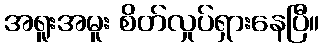
အရူးအမူး စိတ်လှုပ်ရှားနေပြီ။